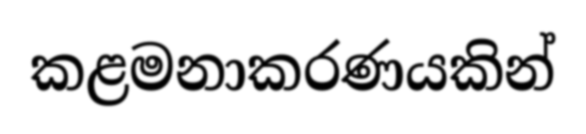
කළමනාකරණයකින්